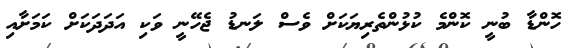
ހޮންޑާ ބުނީ ކޮންމެ ކުޅުންތެރިޔަކަށް ވެސް ލަނޑު ޖެހޭނީ ވަކި އަދަދަކަށް ކަމަށާއި